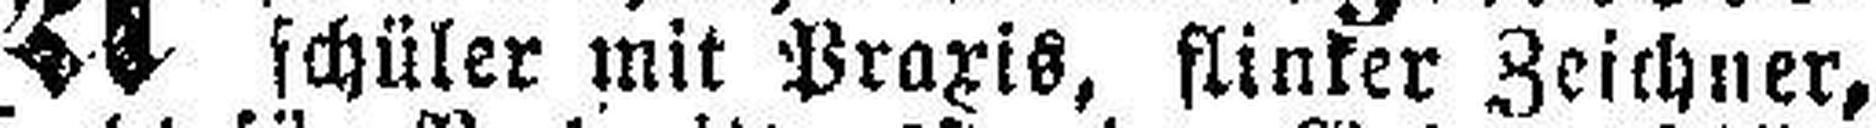
schüler mit Praxis, flinker Zeichner,